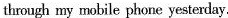
through my mobile phone yesterday.